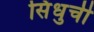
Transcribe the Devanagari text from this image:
सिंधुची